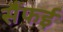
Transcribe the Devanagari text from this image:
सैंफई